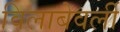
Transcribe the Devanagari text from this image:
विलाबेवर्ली